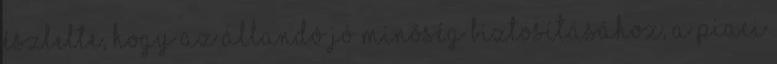
észlelte, hogy az állandó jó minôség biztosításához, a piaci